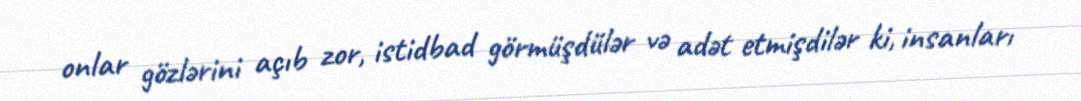
onlar gözlərini açıb zor, istidbad görmüşdülər və adət etmişdilər ki, insanları